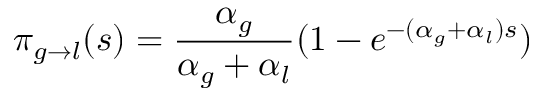
\pi _ { g \to l } ( s ) = \frac { \alpha _ { g } } { \alpha _ { g } + \alpha _ { l } } ( 1 - e ^ { - ( \alpha _ { g } + \alpha _ { l } ) s } )